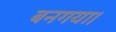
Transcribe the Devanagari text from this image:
बनगया।